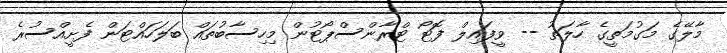
މާލޭގެ މަގުމަތީގެ ހާލަތު -- ވީފައިލް ފޮޓޯ ޓްރާންސްޕޯޓުން މިހިސާބުތައް ބަލަހައްޓަން ފެށީއްސުރެ